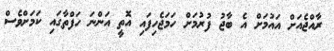
ރާއްޖެއަށް އައުމަށް އެ ބާޖު ފުރުމަށް ހަމަޖެހިފައި އޮތީ އަންނަ ހަފްތާގައި ކަމަށްވެސް